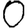
Digit: 0